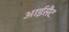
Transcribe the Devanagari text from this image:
आईसैट